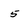
Character: 5